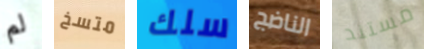
لم متسخ سلك الناضج مستند